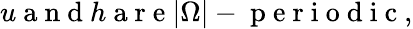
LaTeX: u\mathrm{~a~n~d~}h\mathrm{~a~r~e~}|\Omega|-\mathrm{~p~e~r~i~o~d~i~c~},